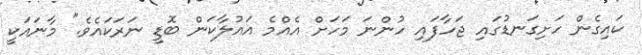
ކައިގެން ހަށިގަނޑުގައި ޖަހާފައި ހުންނަ މަހަށް އެއްމެ އައުލާކަން ބޮޑީ ނަރަކައެވެ." މާނައަކީ